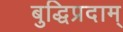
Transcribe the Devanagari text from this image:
बुद्धिप्रदाम्